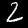
Digit: 2